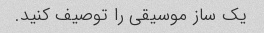
یک ساز موسیقی را توصیف کنید.